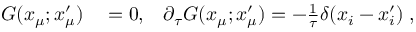
\begin{array} { r l r } { G ( x _ { \mu } ; x _ { \mu } ^ { \prime } ) } & { { } = 0 , } & { \partial _ { \tau } G ( x _ { \mu } ; x _ { \mu } ^ { \prime } ) = - \frac { 1 } { \tau } \delta ( x _ { i } - x _ { i } ^ { \prime } ) \; , } \end{array}